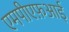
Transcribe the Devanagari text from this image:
एमपीएफ़आई